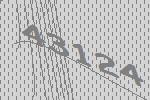
43124